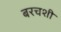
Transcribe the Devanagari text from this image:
बरचशी